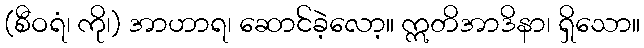
(စီဝရံ၊ ကို၊) အာဟာရ၊ ဆောင်ခဲ့လော့။ ဣတိအာဒိနာ၊ ရှိသော။